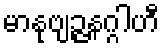
မာနုဗျဉ္ဇနဂ္ဂါဟီ